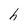
Character: h